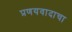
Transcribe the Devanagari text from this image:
प्रणयवादाचा